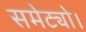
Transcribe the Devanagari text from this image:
समेट्यो।